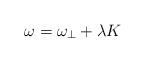
LaTeX: \begin{align*}\omega = \omega_\perp + \lambda K\end{align*}